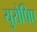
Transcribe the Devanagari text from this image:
युरोपिए